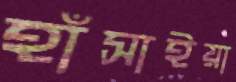
হাঁসাইয়া